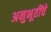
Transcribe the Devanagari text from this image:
अनुभूतींचे